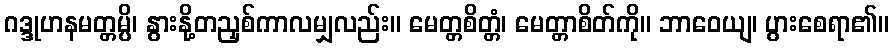
ဂဒ္ဒုဟနမတ္တမ္ပိ၊ နွားနို့တညှစ်ကာလမျှလည်း။ မေတ္တစိတ္တံ၊ မေတ္တာစိတ်ကို။ ဘာဝေယျ၊ ပွားစေရာ၏။